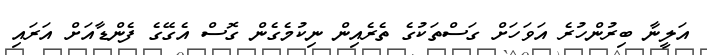
އަލީނާ ބިރުންހުރެ އަވަހަށް ގަސްތަކުގެ ތެރެއިން ނިކުމެގެން ގޮސް އެގޭގެ ފެންޑާއަށް އަރައި